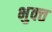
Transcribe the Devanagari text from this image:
भुक्‍त